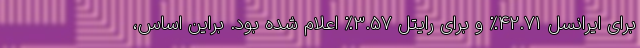
برای ایرانسل 42.71% و برای رایتل 3.57% اعلام شده بود. براین اساس،